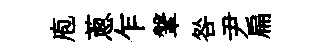
庖蔥乍鞶咎尹扁